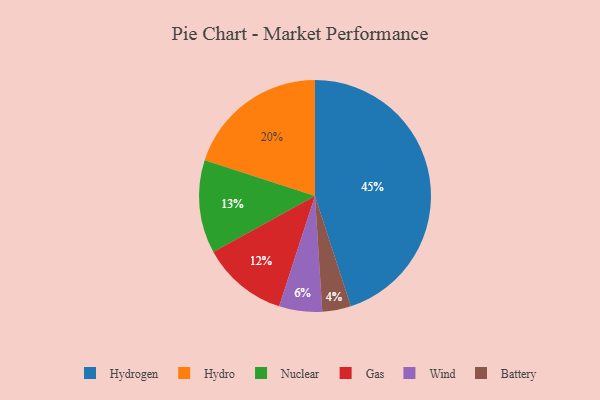
{"axis": {"x": "Category", "y": "Percentage"}, "legend": ["Battery", "Gas", "Hydro", "Hydrogen", "Nuclear", "Wind"], "data": [{"x": "Battery", "y": 4, "type": "Battery"}, {"x": "Wind", "y": 6, "type": "Wind"}, {"x": "Hydrogen", "y": 45, "type": "Hydrogen"}, {"x": "Gas", "y": 12, "type": "Gas"}, {"x": "Nuclear", "y": 13, "type": "Nuclear"}, {"x": "Hydro", "y": 20, "type": "Hydro"}]}